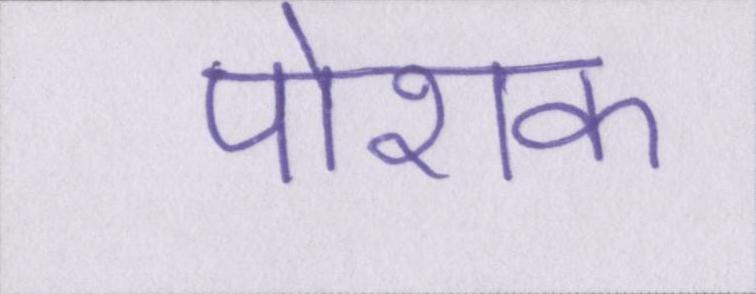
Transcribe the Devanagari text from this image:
पोशक